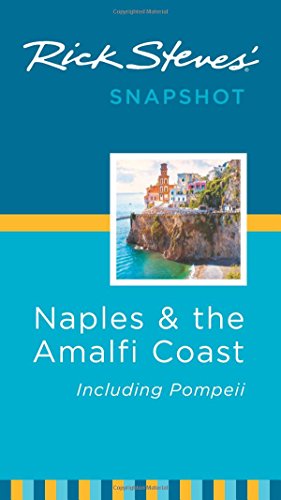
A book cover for Rick Steves' Snapshot Naples & the Amalfi Coast: Including Pompeii; Rick Steves; Travel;